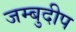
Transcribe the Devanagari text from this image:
जम्बुदीप